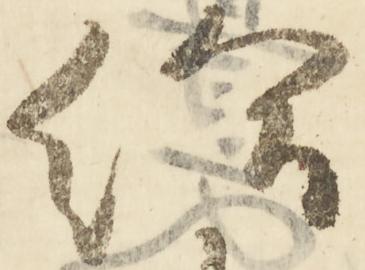
給